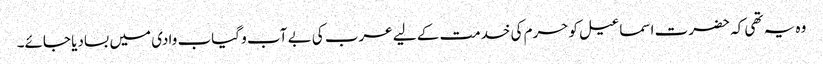
وہ یہ تھی کہ حضرت اسماعیل کو حرم کی خدمت کے لیے عرب کی بے آب و گیاب وادی میں بسادیا جائے۔